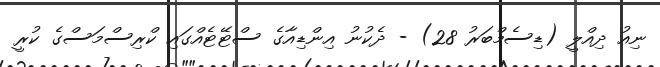
ނިއު ދިއްލީ (ޑިސެމްބަރު 28) - ދެކުނު އިންޑިއާގެ ސްޓޭޓެއްގައި ކްރިސްމަސްގެ ކުރީ